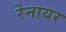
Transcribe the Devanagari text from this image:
रेनायर